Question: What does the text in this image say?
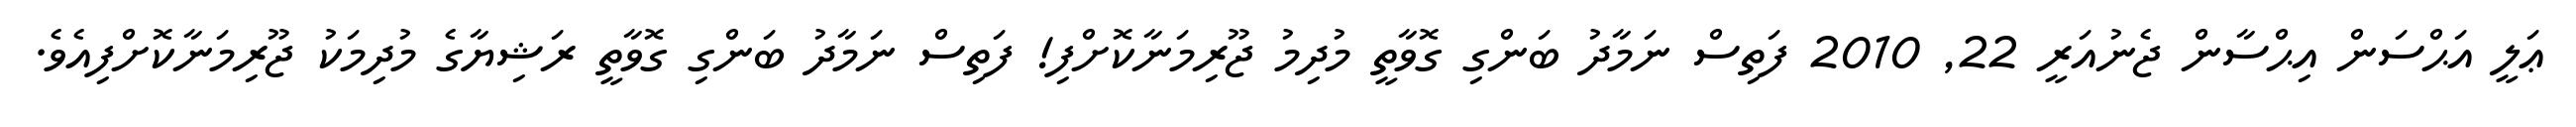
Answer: ޢަލީ އަޙްސަން އިޙްސާން ޖެނުއަރީ 22, 2010 ފަތިސް ނަމާދު ބަންގި ގޮވާތީ މުދިމު ޖޫރިމަނާކޮށްފި! ފަތިސް ނަމާދު ބަންގި ގޮވާތީ ރަޝިޔާގެ މުދިމަކު ޖޫރިމަނާކޮށްފިއެވެ.